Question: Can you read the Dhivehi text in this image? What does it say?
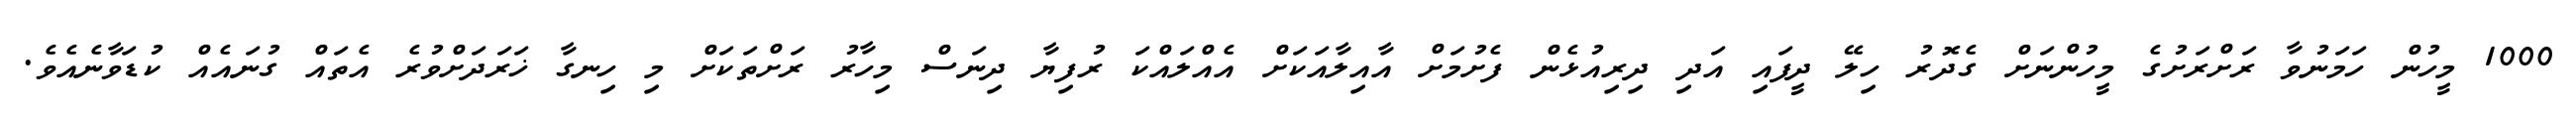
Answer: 1000 މީހުން ހަމަނުވާ ރަށްރަށުގެ މީހުންނަށް ގެދޮރު ހިލޭ ދީފައި އަދި ދިރިއުޅެން ފެށުމަށް އާއިލާއަކަށް އެއްލައްކަ ރުފިޔާ ދިނަސް މިހާރު ރަށްތަކަށް މި ހިނގާ ޚަރަދަށްވުރެ އެތައް ގުނައެއް ކުޑަވާނެއެވެ.